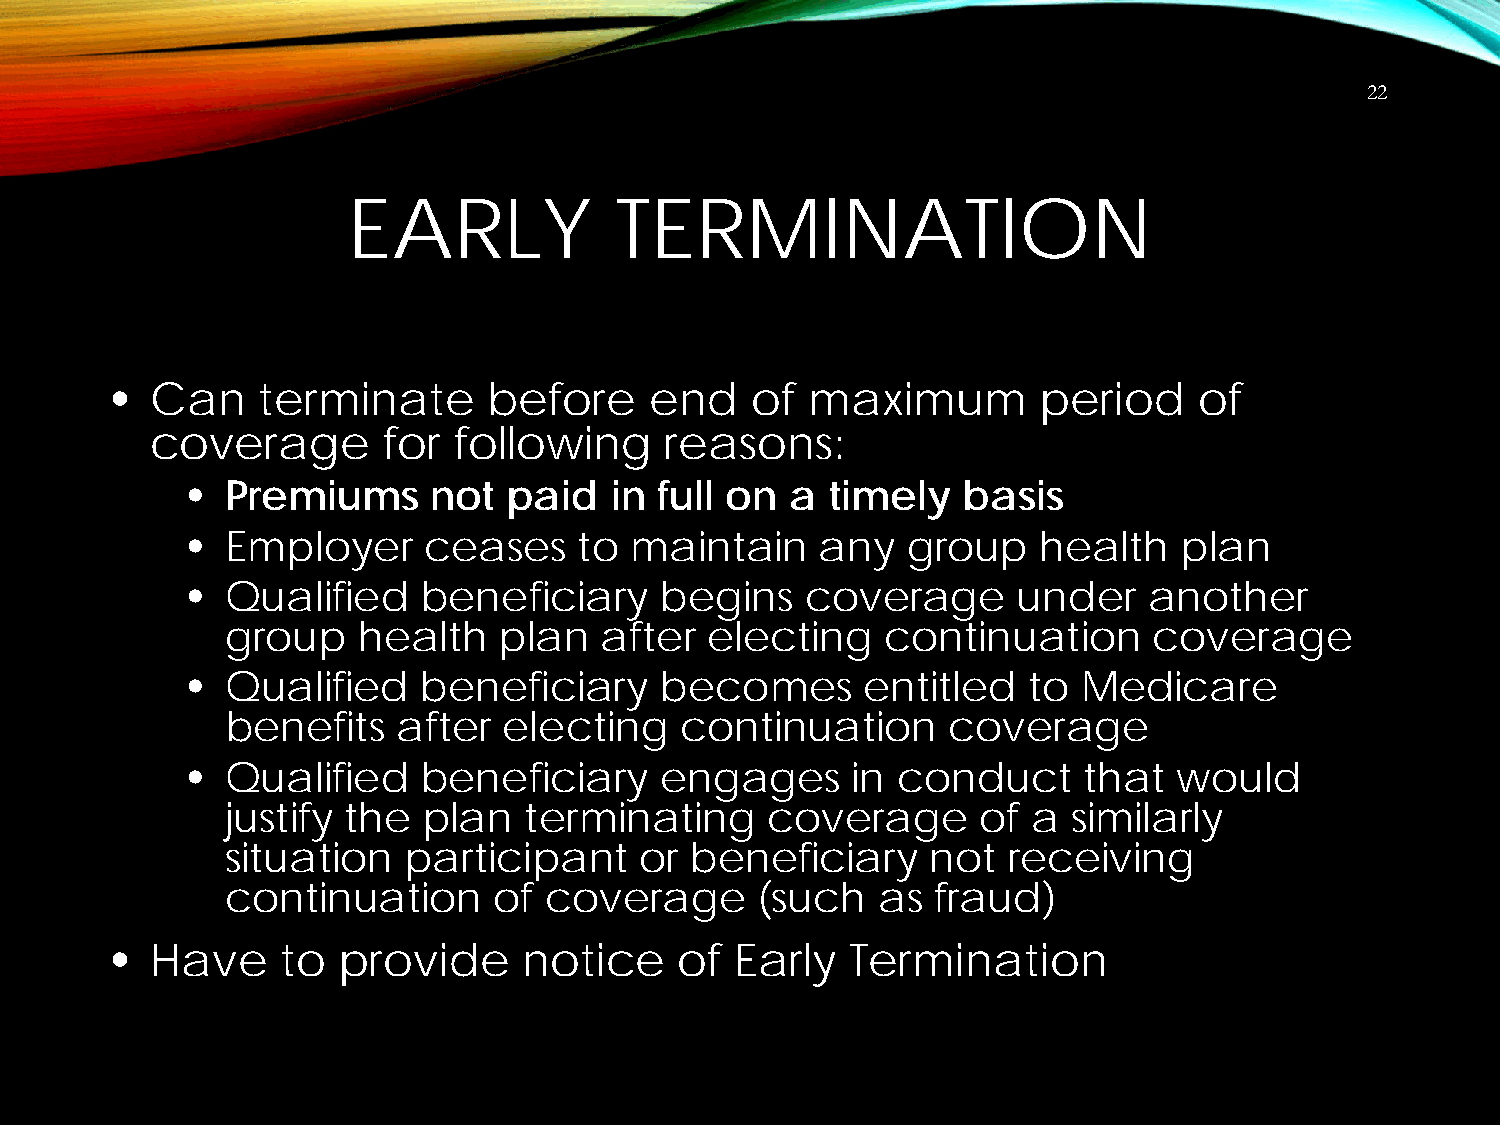
22
 EARLY             TERMINATION
 •  Can    terminate      before     end    of maximum         period    of
 coverage       for  following     reasons:
 •  Premiums      not  paid  in  full on a  timely   basis
 •  Employer     ceases    to  maintain    any   group    health   plan
 •  Qualified    beneficiary     begins   coverage      under    another
 group    health   plan   after  electing    continuation     coverage
 •  Qualified    beneficiary     becomes      entitled   to  Medicare
 benefits   after  electing    continuation      coverage
 •  Qualified    beneficiary     engages     in conduct      that  would
 justify the  plan   terminating     coverage      of a  similarly
 situation   participant    or  beneficiary     not  receiving
 continuation      of coverage      (such   as  fraud)
 •  Have     to provide      notice    of  Early  Termination